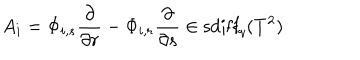
LaTeX: A _ { i } = \Phi _ { i , s } { \frac { \partial } { \partial r } } - \Phi _ { i , r } { \frac { \partial } { \partial s } } \in \mathrm { s d i f f } _ { q } ( T ^ { 2 } )